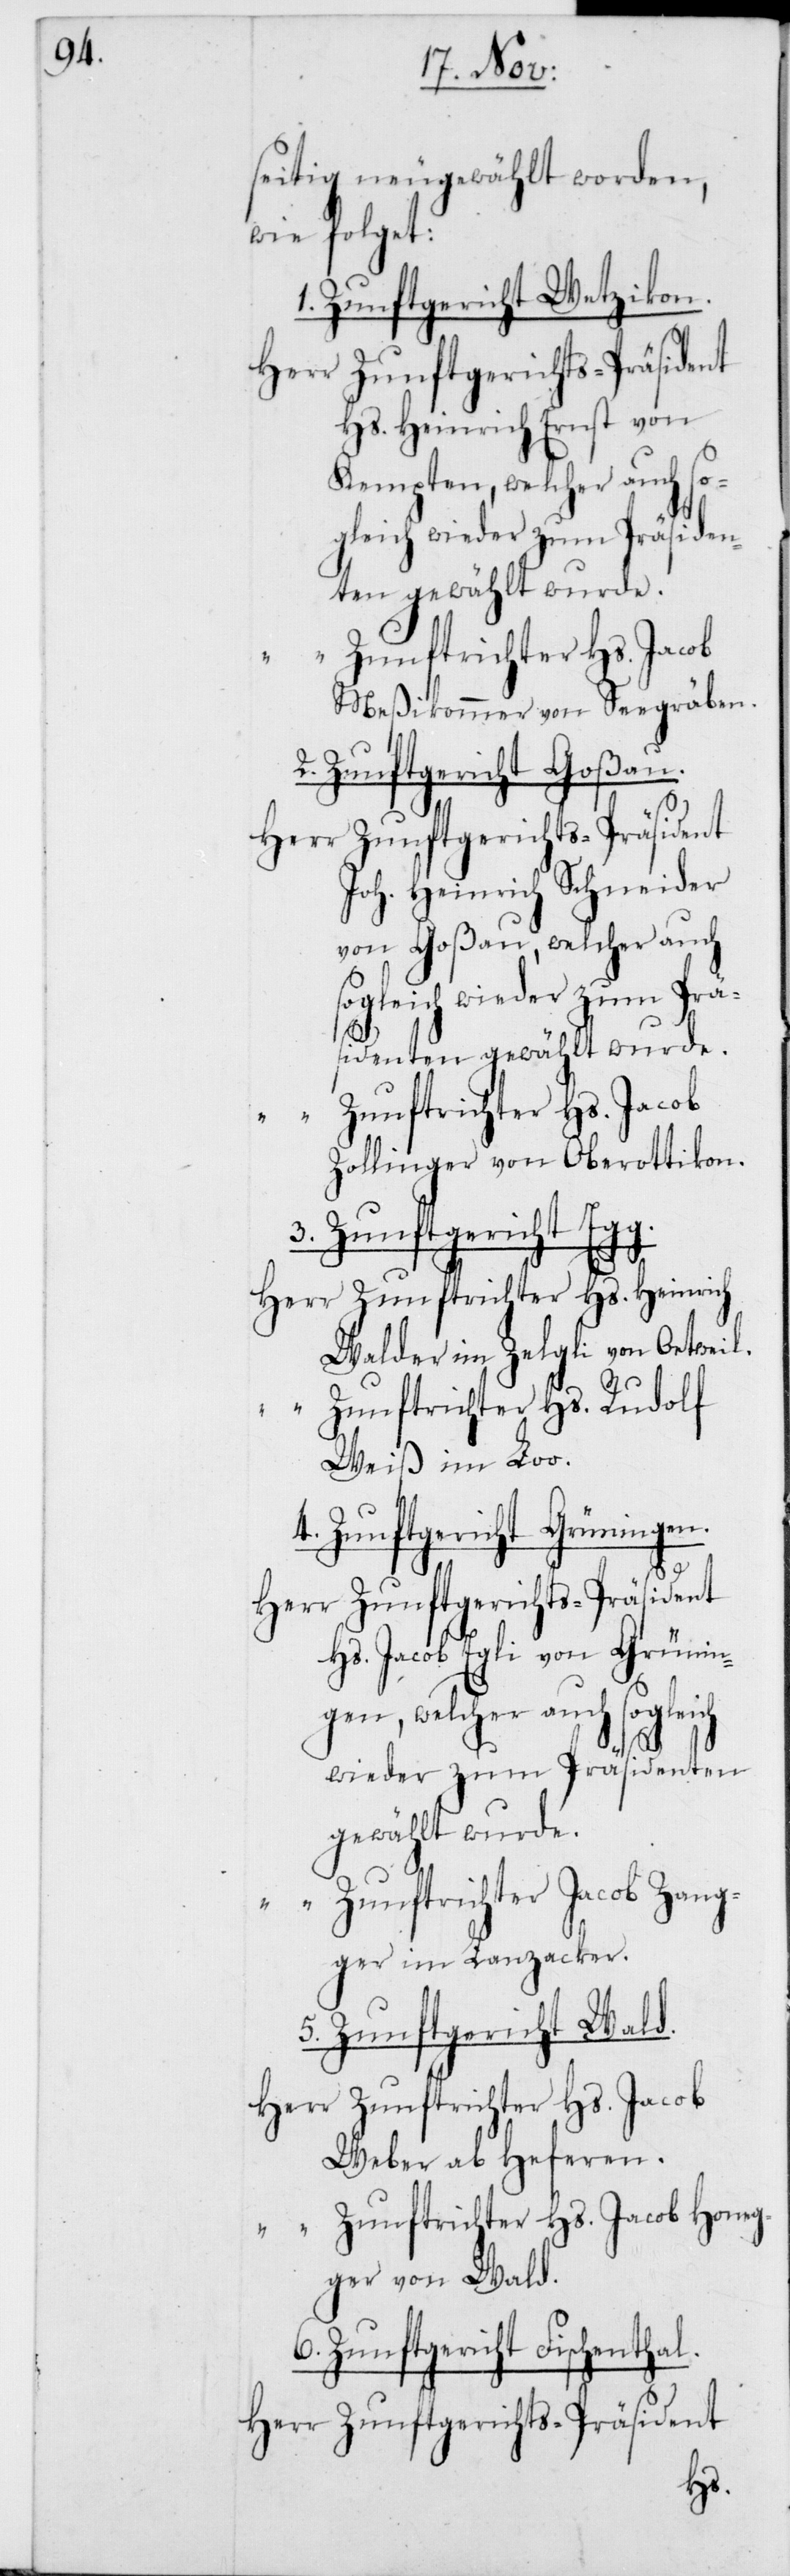
seitig neugewählt worden,
wie folget:
1. Zunftgericht Wetzikon.
Zunftgerichts-Präsident
Hs. Heinrich Ernst von
Kempten, welcher auch so¬
gleich wieder zum Präsiden¬
ten gewählt wurde.
Meßikommer von Seegräben.
2. Zunftgericht Goßau.
Joh. Heinrich Schneider
von Goßau, welcher auch
sogleich wieder zum Prä¬
sidenten gewählt wurde.
Zunftrichter Hs. Jacob
Zollinger von Oberottikon.
3.
Heinrich
Walder im Zelgli von Oetweil.
“
Zunftrichter Hs. Rudolf
Weiß im Loo.
4. Zunftgericht Grüningen.
Hs. Jacob Egli von Grünin¬
gen, welcher auch sogleich
wieder zum Präsidenten
gewählt wurde.
Zunftrichter Jacob Zang¬
ger im Lanzacker.
5. Zunftgericht Wald.
Weber ab Heferen
ger von Wald.
6. Zunftgericht Fischenthal
Zunftgerichts-Präsident
neg¬